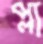
প্লা